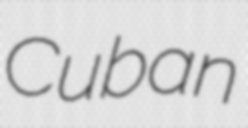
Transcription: Cuban